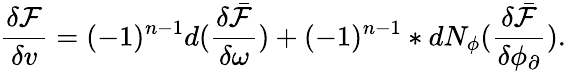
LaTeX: \frac{\delta\mathcal{F}}{\delta v}=(-1)^{n-1}d(\frac{\delta\bar{\mathcal{F}}}{\delta\omega})+(-1)^{n-1}\ast dN_{\phi}(\frac{\delta\bar{\mathcal{F}}}{\delta\phi_{\partial}}).